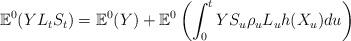
LaTeX: \begin{align*} \displaystyle \mathbb{E}^{0}(YL_t S_t) = \displaystyle \mathbb{E}^{0}(Y)+ \mathbb{E}^{0}\displaystyle \left( \int_{0}^{t} YS_u\rho_u L_u h(X_u) du \right) \end{align*}